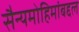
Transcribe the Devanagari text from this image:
सैन्यमोहिमांबद्दल